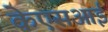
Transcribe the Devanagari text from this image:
केएसआई